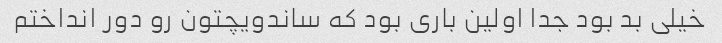
خیلی بد بود جدا اولین باری بود که ساندویچتون رو دور انداختم